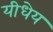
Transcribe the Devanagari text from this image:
यीधेय